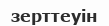
зерттеуін